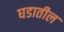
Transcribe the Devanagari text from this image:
घडातील